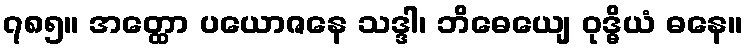
၇၈၅။ အတ္ထော ပယောဇနေ သဒ္ဒါ၊ ဘိဓေယျေ ဝုဒ္ဓိယံ ဓနေ။